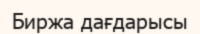
Биржа дағдарысы